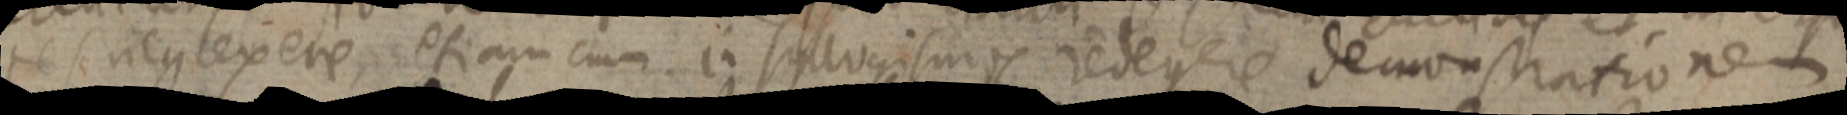
te soncylexere, etiam cum in syllogismos redegere demonstrationem